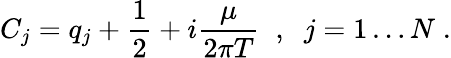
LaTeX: C_{j}=q_{j}+\frac{1}{2}+i\frac\mu{2\pi T}\; \; ,\; \; j=1\ldots N\; .